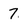
Character: 7